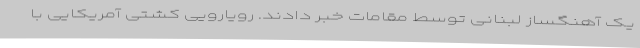
یک آهنگساز لبنانی توسط مقامات خبر دادند. رویارویی کشتی آمریکایی با